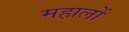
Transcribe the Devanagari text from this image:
महालों